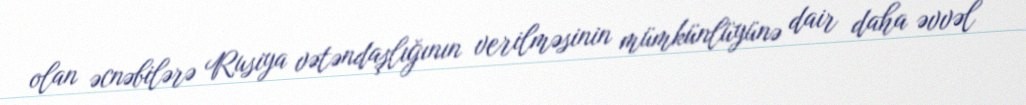
olan əcnəbilərə Rusiya vətəndaşlığının verilməsinin mümkünlüyünə dair daha əvvəl